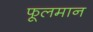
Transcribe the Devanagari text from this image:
फूलमान